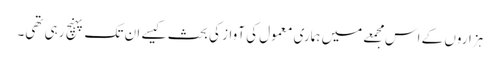
ہزاروں کے اس مجمعے میں ہماری معمول کی آواز کی بحث کیسے ان تک پہنچ رہی تھی۔